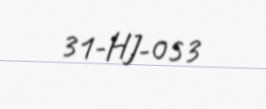
31-HJ-053